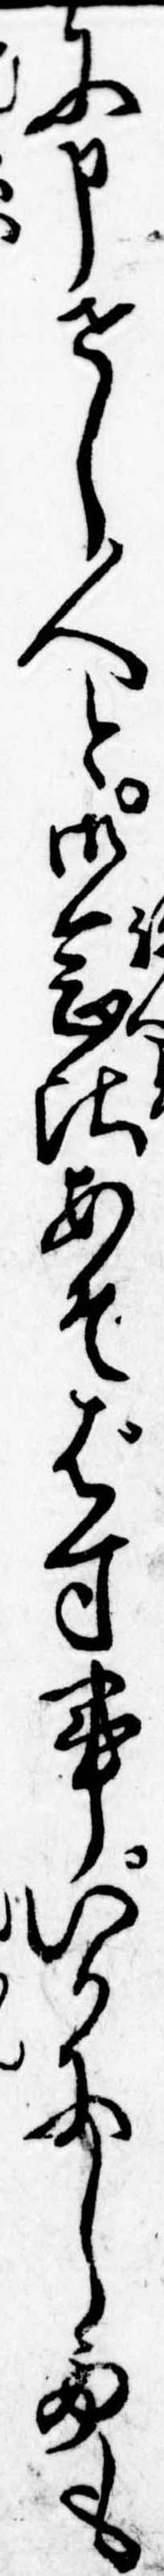
に申せし人と御念比あそばす事いかにしても